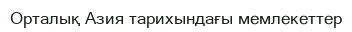
Орталық Азия тарихындағы мемлекеттер